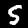
Label: 5